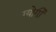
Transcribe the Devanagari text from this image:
ग्योर्गी